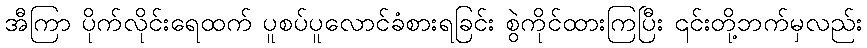
အီကြာ ပိုက်လိုင်းရေထက် ပူစပ်ပူလောင်ခံစားရခြင်း စွဲကိုင်ထားကြပြီး ၎င်းတို့ဘက်မှလည်း